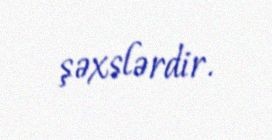
şəxslərdir.